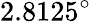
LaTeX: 2.8125^{\circ}